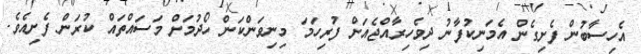
އެހިސާބުން ފެށިގެން އެމަނިކުފާނު ދިވެހިރާއްޖެއަށް ފުރިހަމަ މިނިވަންކަން ހޯދުމަށް މަސައްތައް ކުރަން ފެށިއެވެ.